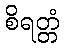
စိရတ္တံ